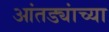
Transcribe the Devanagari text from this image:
आंतड्यांच्या